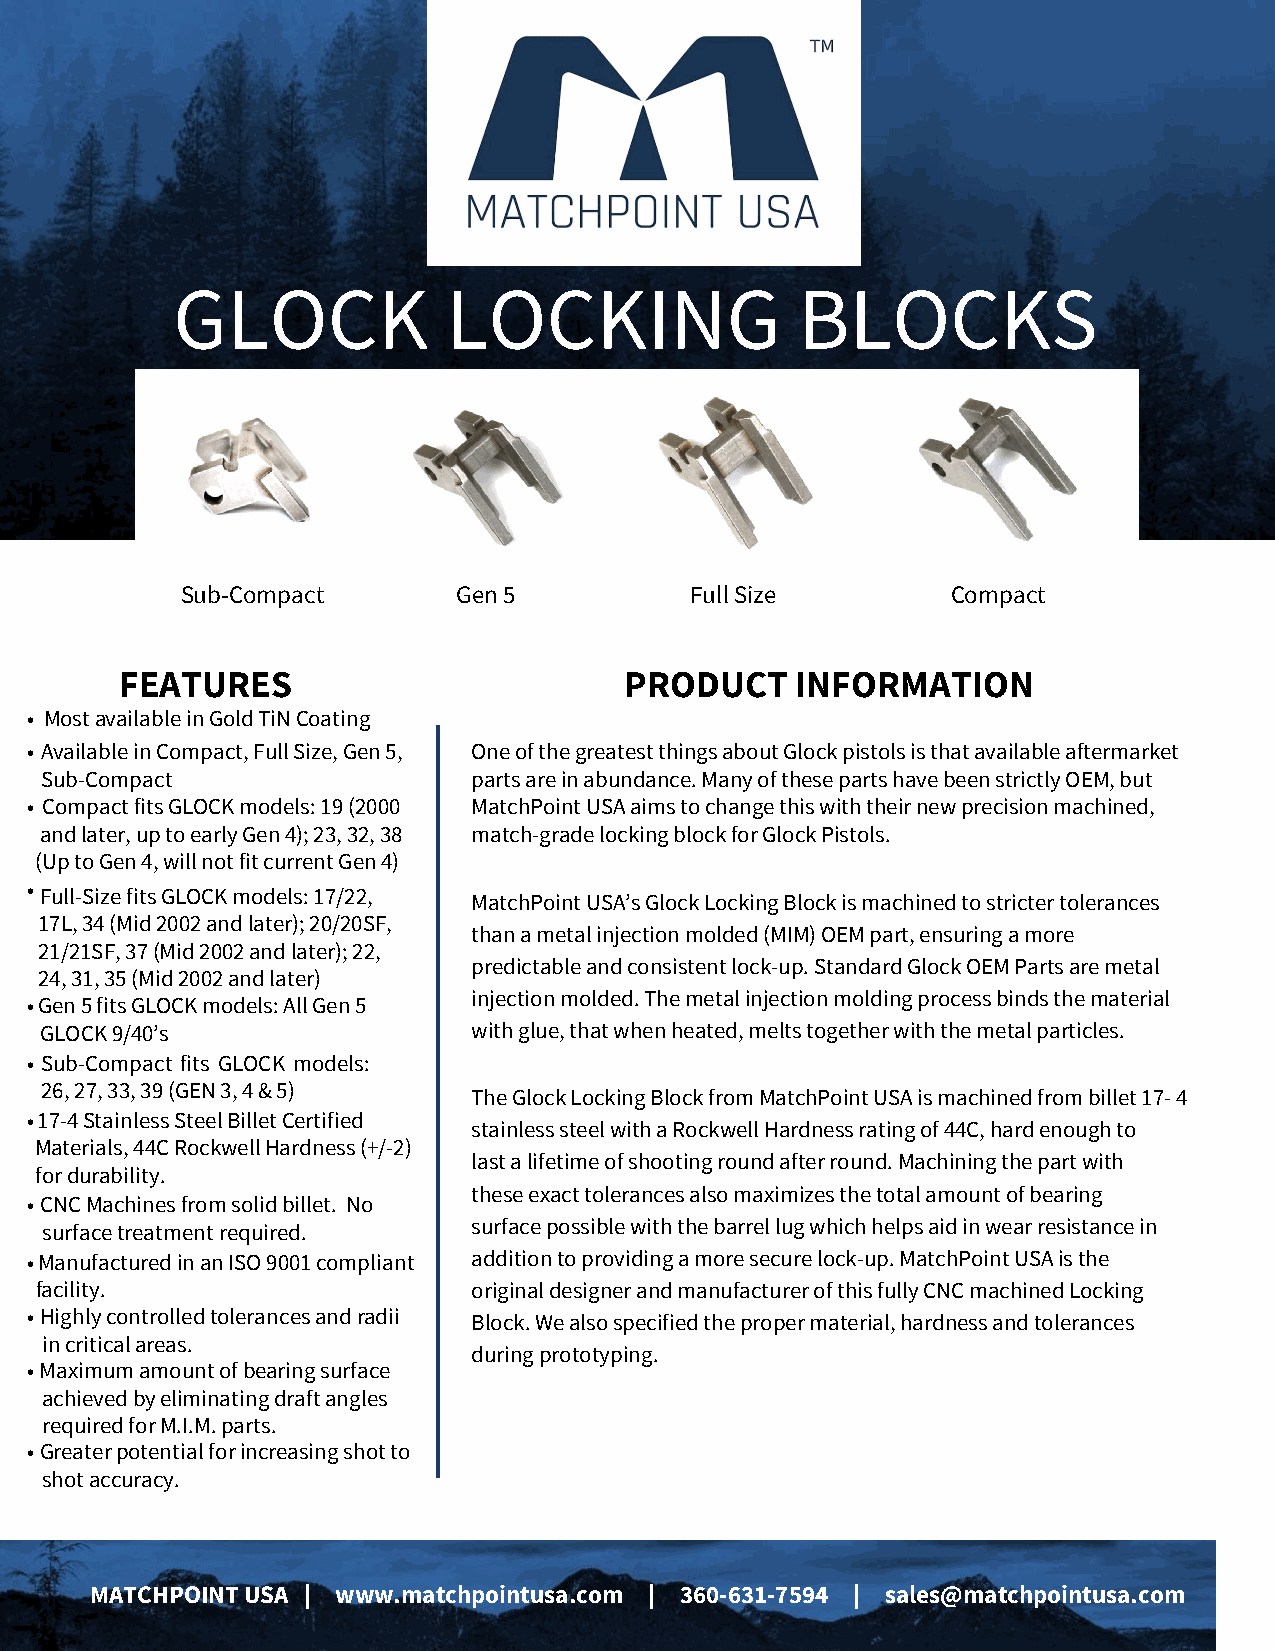
GLOCK              LOCKING                BLOCKS
 Sub-Compact       Gen 5           Full Size        Compact
 FEATURES                         PRODUCT     INFORMATION
 • Mostavailable in Gold TiN Coating
 • Available in Compact, FullSize, Gen 5, One of the greatest things about Glock pistols is that available aftermarket
 Sub- Compact                parts are in abundance. Many of these parts have been strictly OEM, but
 • Compact fits GLOCK mode ls: 19 (2000 MatchPoint USA aims to change this with their new precision machined,
 and later, up to early Gen 4); 23, 32, 38 match-grade locking block for Glock Pistols.
 (Up to Gen 4, will not fit current Gen 4)
 •
 Full-Size fits GLOCK models: 17/22,
 MatchPoint USA’s Glock Locking Block is machined to stricter tolerances
 17L, 34 (Mid 2002 and later); 20/20SF ,
 than a metal injection molded (MIM) OEM part, ensuring a more
 21/21SF, 37 (Mid 2002 and later); 22,
 predictable and consistent lock-up. Standard Glock OEM Parts are metal
 24, 31, 35 (Mid 2002 and later)
 • Gen 5 fits GLOCK models: All Gen 5
 injection molded. The metal injection molding process binds the material
 GLOCK 9/40’s                with glue, that when heated, melts together with the metal particles.
 • Sub-Compact fits GLOCK models:
 26, 27, 33, 39 (GEN 3, 4 & 5)
 The Glock Locking Block from MatchPoint USA is machined from billet 17-4
 • 17-4 Stainless Steel Billet Certified
 stainless steel with a Rockwell Hardness rating of 44C, hard enough to
 Materials, 44C Rockwell Hardness (+/-2)
 last a lifetime of shooting round after round. Machining the part with
 for durability.
 these exact tolerances also maximizes the total amount of bearing
 • CNC Machines from solid billet. No
 surface treatment required. surface possible with the barrel lug which helps aid in wear resistance in
 • Manufactured in an ISO 9001 compliant addition to providing a more secure lock-up. MatchPoint USA is the
 facility.                    original designer and manufacturer of this fully CNC machined Locking
 • Highly controlled tolerances and radii Block. We also specified the proper material, hardness and tolerances
 in critical areas.
 during prototyping.
 • Maximum amount of bearing surface
 achieved by eliminating draft angles
 required for M.I.M. parts.
 • Greater potential for increasing shot to
 shot accuracy.
 MATCHPOINT USA | www.matchpointusa.com | 360-631-7594 | sales@matchpointusa.com